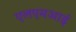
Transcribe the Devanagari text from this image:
एलएमआई